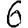
Digit: 6